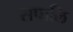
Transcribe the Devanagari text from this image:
सपालि